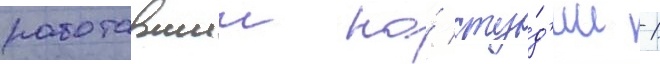
работавшии на́ сту́д'ии -1